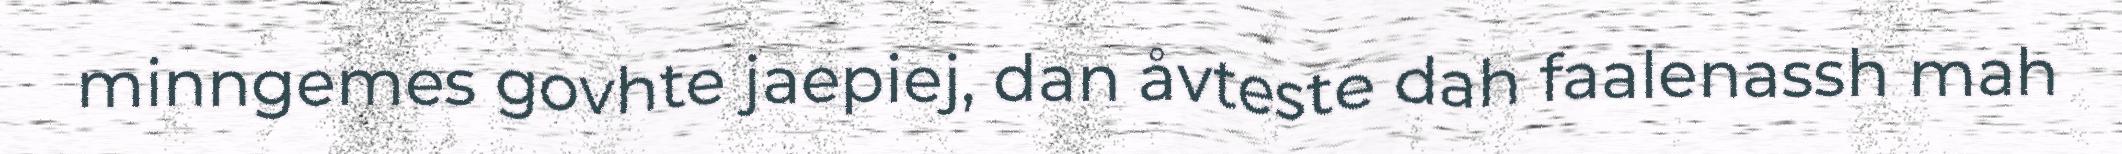
minngemes govhte jaepiej, dan åvteste dah faalenassh mah